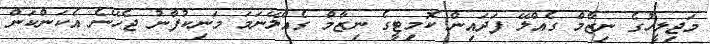
މަޖިލީހުގެ ނިޒާމް ގެއްލޭ ފަދައިން ކޮމިޓީގެ ނިޒާމް ގެއްލޭނަމަ މަނިކުފާނު ޖެހޭނެ އެކަންކަން